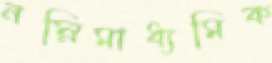
নম্নিমাধ্যমিক